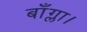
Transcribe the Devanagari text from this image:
बाँग्ला।